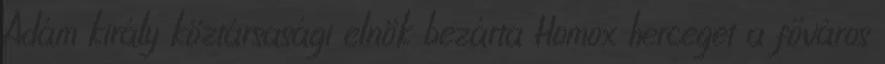
Ádám király köztársasági elnök bezárta Homox herceget a főváros